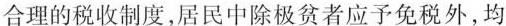
合理的税收制度，居民中除极贫者应予免税外，均